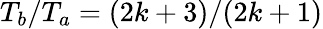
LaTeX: T_{b}/T_{a}=(2k+3)/(2k+1)